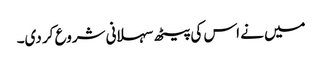
میں نے اس کی پیٹھ سہلانی شروع کر دی۔